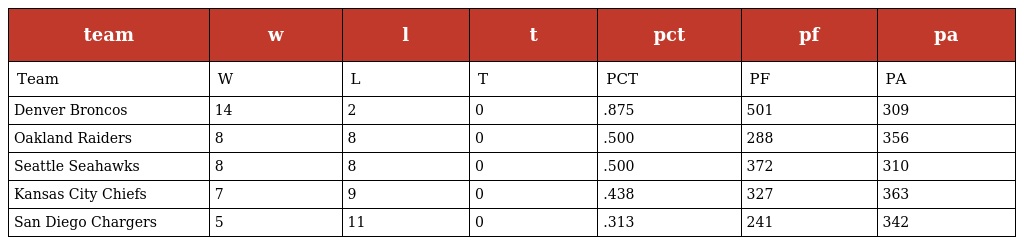
| team | w | l | t | pct | pf | pa |
 | --- | --- | --- | --- | --- | --- | --- |
 | Team | W | L | T | PCT | PF | PA |
 | Denver Broncos | 14 | 2 | 0 | .875 | 501 | 309 |
 | Oakland Raiders | 8 | 8 | 0 | .500 | 288 | 356 |
 | Seattle Seahawks | 8 | 8 | 0 | .500 | 372 | 310 |
 | Kansas City Chiefs | 7 | 9 | 0 | .438 | 327 | 363 |
 | San Diego Chargers | 5 | 11 | 0 | .313 | 241 | 342 |